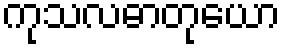
ကုသလဓာတုယော